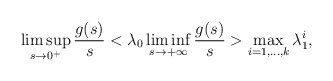
\begin{align*}\limsup_{s\to 0^{+}} \dfrac{g(s)}{s} < \lambda_{0} \liminf_{s\to +\infty} \dfrac{g(s)}{s} > \max_{i=1,\ldots,k}\lambda_{1}^{i},\end{align*}